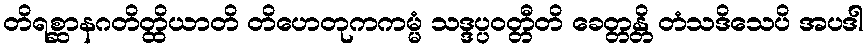
တိရစ္ဆာနဂတိတ္ထိယာတိ တိဟေတုကကမ္မံ သဒ္ဒပ္ပဝတ္တီတိ ခေတ္တန္တိ တံသဒိသေပိ အပဒါ